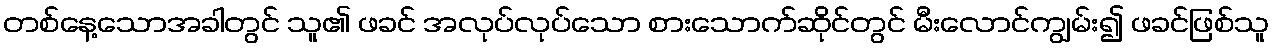
တစ်နေ့သောအခါတွင် သူ၏ ဖခင် အလုပ်လုပ်သော စားသောက်ဆိုင်တွင် မီးလောင်ကျွမ်း၍ ဖခင်ဖြစ်သူ